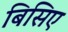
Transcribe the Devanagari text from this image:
बिसिए